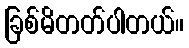
ခြစ်မိတတ်ပါတယ်။